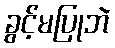
ခွင့်မပြုဘဲ